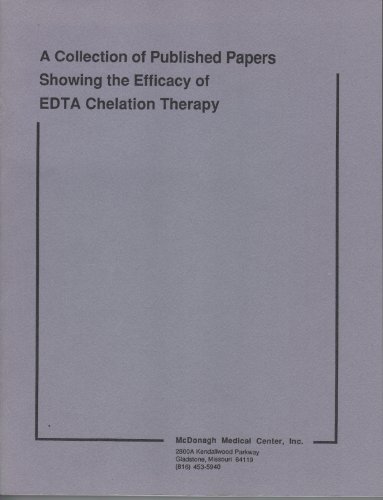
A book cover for A Collection of Published Papers Showing the Efficacy of EDTA Chelation Therapy (McDonagh Medical Center); Health, Fitness & Dieting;